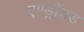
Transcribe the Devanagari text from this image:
एण्ड्रॉयड